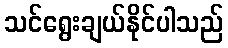
သင်ရွေးချယ်နိုင်ပါသည်